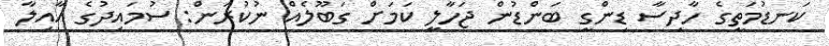
ކަނޑުމަތީގެ ހާދިސާ ޑިންގީ ބަންޑުން ޖަހާލީ ކަމަށް ގަބޫލެއް ނުކުރަން: ސުމައިދުގެ އާއިލާ